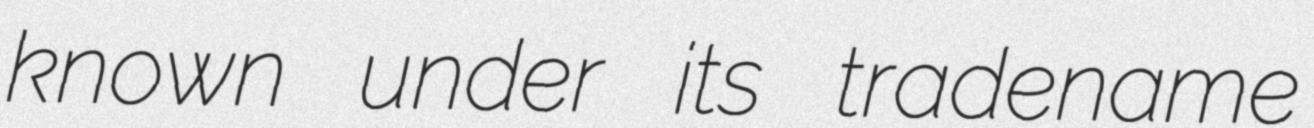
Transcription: known under its tradename